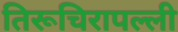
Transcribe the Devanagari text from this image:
तिरूचिरापल्‍ली